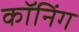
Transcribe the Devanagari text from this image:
कॉनिंग